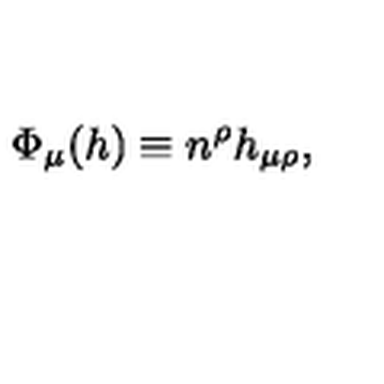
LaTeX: \Phi _ { \mu } ( h ) \equiv n ^ { \rho } h _ { \mu \rho } ,